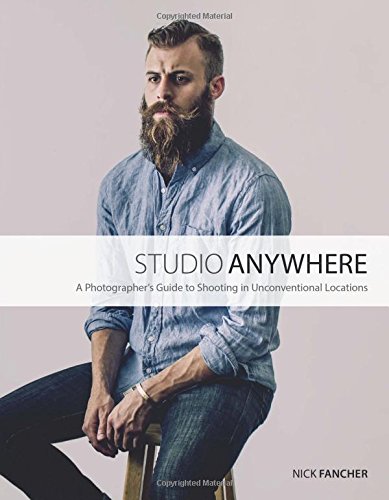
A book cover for Studio Anywhere: A Photographer's Guide to Shooting in Unconventional Locations; Nick Fancher; Arts & Photography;